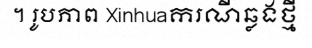
។ រូបភាព Xinhuaករណីឆ្លងថ្មី